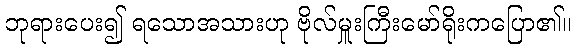
ဘုရားပေး၍ ရသောအသားဟု ဗိုလ်မှူးကြီးမော်ရိုးကပြော၏။